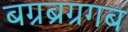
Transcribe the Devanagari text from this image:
बग्रब्रग्रगब